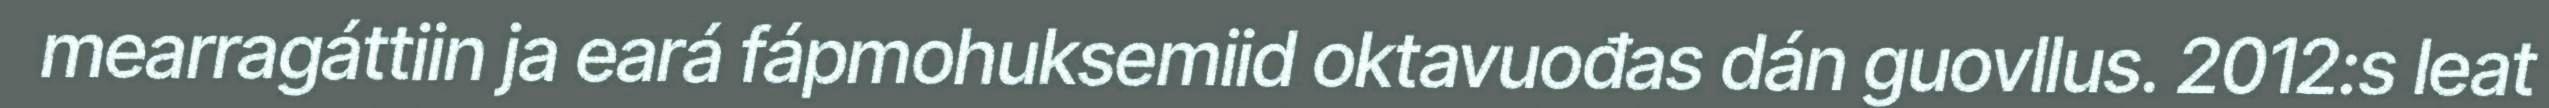
mearragáttiin ja eará fápmohuksemiid oktavuođas dán guovllus. 2012:s leat